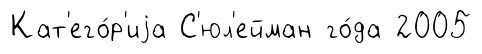
Кат'его́р'иjа С'юл'ейман го́да 2005